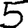
Digit: 5